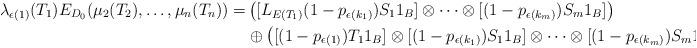
LaTeX: \begin{align*}\lambda_{\epsilon(1)}(T_1)E_{D_0}(\mu_2(T_2),\ldots, \mu_n(T_n)) =& \left([L_{E(T_1)}(1-p_{\epsilon(k_{1})}) S_1 1_B] \otimes \cdots \otimes [(1-p_{\epsilon(k_{m})}) S_m1_B]\right) \\& \oplus \left([(1-p_{\epsilon(1)})T_1 1_B] \otimes [(1-p_{\epsilon(k_{1})}) S_1 1_B] \otimes \cdots \otimes [(1-p_{\epsilon(k_{m})}) S_m1_B]\right).\end{align*}